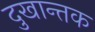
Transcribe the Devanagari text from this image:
दुखान्तक